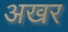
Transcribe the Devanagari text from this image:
अखर